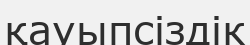
қауыпсіздік